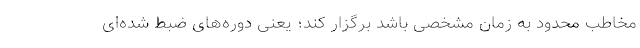
مخاطب محدود به زمان مشخصی باشد برگزار کند؛ یعنی دوره‌های ضبط‌ شده‌ای